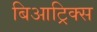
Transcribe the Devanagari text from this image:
बिआट्रिक्स